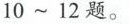
10~12题。